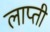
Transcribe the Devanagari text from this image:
लाप्ती